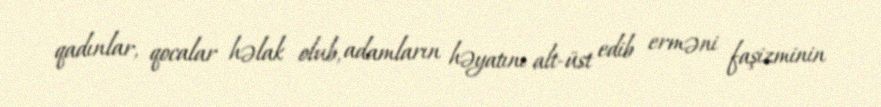
qadınlar, qocalar həlak olub, adamların həyatını alt-üst edib erməni faşizminin